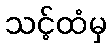
သင့်ထံမှ